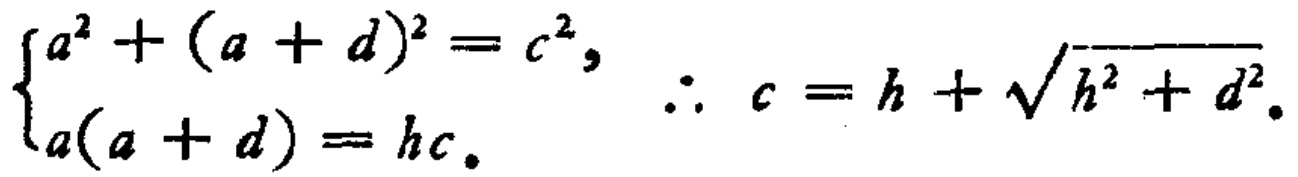
\[\begin{cases}
a^{2}+(a + d)^{2}=c^{2},\\
a(a + d)=hc.
\end{cases}\therefore c=h+\sqrt{h^{2}+d^{2}}.\]